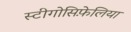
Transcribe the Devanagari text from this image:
स्टीगोसिफ़ेलिया